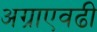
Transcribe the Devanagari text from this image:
अग्राएवढी